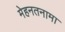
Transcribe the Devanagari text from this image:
मेहनतनामा